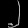
Digit: ၂